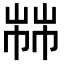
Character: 𢃷